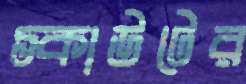
স্কাউটের